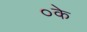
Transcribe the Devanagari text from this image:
०के